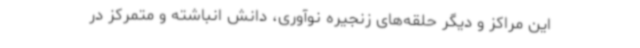
این مراکز و دیگر حلقه‌های زنجیره نوآوری، دانش انباشته و متمرکز در